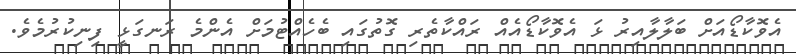
އެވޮކާޑޯއަށް ބަލާލާއިރު ޅަ އެވޮކާޑޯއެއް ރައްކާތެރި ގޮތުގައި ބެހެއްޓުމަށް އެންމެ ރަނގަޅީ ފިނިކުރުމެވެ.